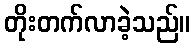
တိုးတက်လာခဲ့သည်။